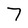
Character: 7